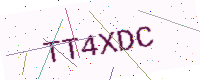
Text: TT4XDC